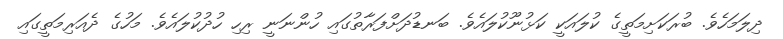
ދިލަމަހެވެ. ބުރަކަށިމަތީގެ ކުލައަކީ ކަޅުނޫކުލައެވެ. ބަނޑުދަށްފަރާތުގައި ހުންނަނީ ރިހި ހުދުކުލައެވެ. މަހުގެ ދެއަރިމަތީގައި